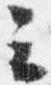
云